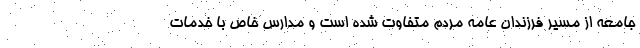
جامعه از مسیر فرزندان عامه مردم متفاوت شده است و مدارس خاص با خدمات